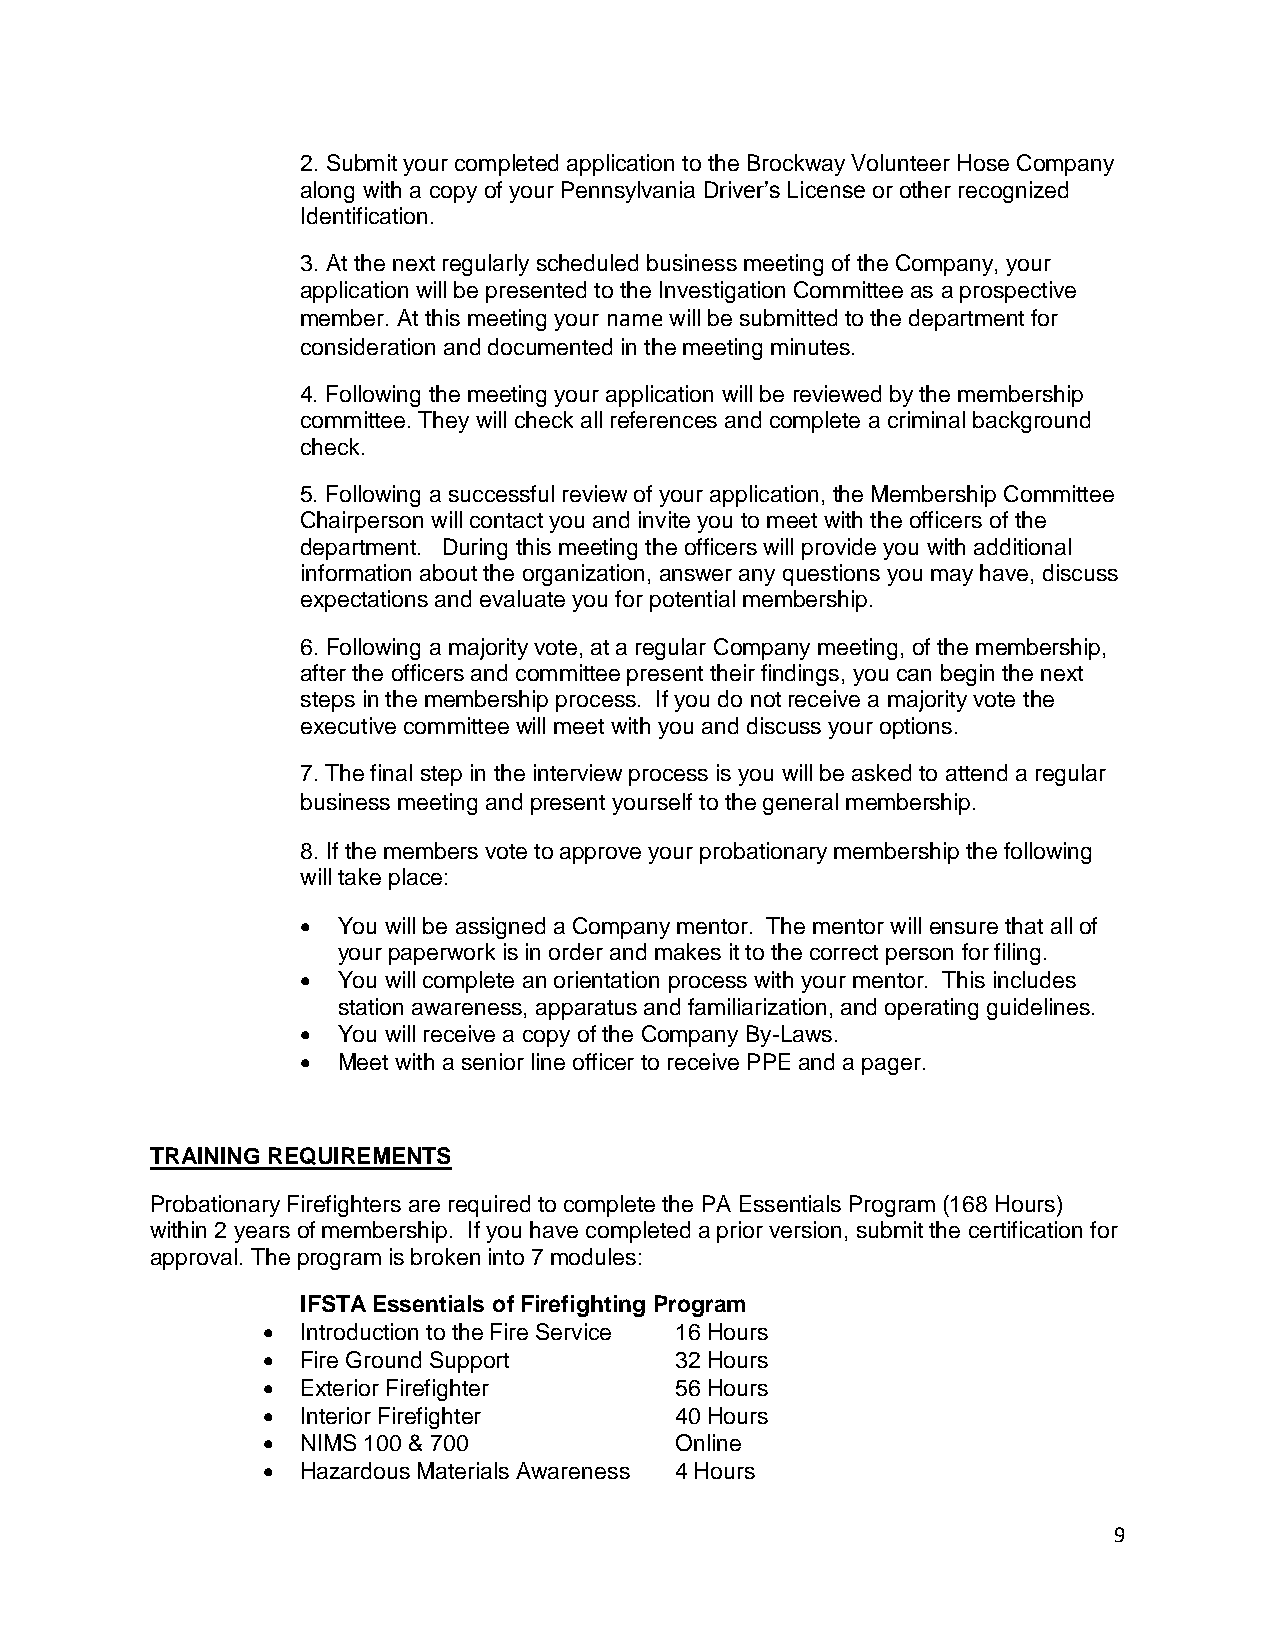
2. Submit your completed application to the Brockway Volunteer Hose Company
 along with a copy of your Pennsylvania Driver’s License or other recognized
 Identification.
 3. At the next regularly scheduled business meeting of the Company, your
 application will be presented to the Investigation Committee as a prospective
 member. At this meeting your name will be submitted to the department for
 consideration and documented in the meeting minutes.
 4. Following the meeting your application will be reviewed by the membership
 committee. They will check all references and complete a criminal background
 check.
 5. Following a successful review of your application, the Membership Committee
 Chairperson will contact you and invite you to meet with the officers of the
 department. During this meeting the officers will provide you with additional
 information about the organization, answer any questions you may have, discuss
 expectations and evaluate you for potential membership.
 6. Following a majority vote, at a regular Company meeting, of the membership,
 after the officers and committee present their findings, you can begin the next
 steps in the membership process. If you do not receive a majority vote the
 executive committee will meet with you and discuss your options.
 7. The final step in the interview process is you will be asked to attend a regular
 business meeting and present yourself to the general membership.
 8. If the members vote to approve your probationary membership the following
 will take place:
  You will be assigned a Company mentor. The mentor will ensure that all of
 your paperwork is in order and makes it to the correct person for filing.
  You will complete an orientation process with your mentor. This includes
 station awareness, apparatus and familiarization, and operating guidelines.
  You will receive a copy of the Company By-Laws.
  Meet with a senior line officer to receive PPE and a pager.
 TRAINING REQUIREMENTS
 Probationary Firefighters are required to complete the PA Essentials Program (168 Hours)
 within 2 years of membership. If you have completed a prior version, submit the certification for
 approval. The program is broken into 7 modules:
 IFSTA Essentials of Firefighting Program
   Introduction to the Fire Service 16 Hours
   Fire Ground Support      32 Hours
   Exterior Firefighter     56 Hours
   Interior Firefighter     40 Hours
   NIMS 100 & 700           Online
   Hazardous Materials Awareness 4 Hours
 9